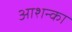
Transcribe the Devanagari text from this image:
आशन्का